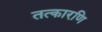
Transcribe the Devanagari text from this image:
तत्कारणि